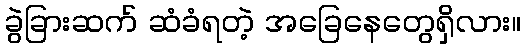
ခွဲခြားဆက် ဆံခံရတဲ့ အခြေနေတွေရှိလား။